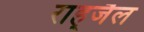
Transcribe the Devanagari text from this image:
राह्जैल